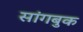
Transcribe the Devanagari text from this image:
सांगबुक